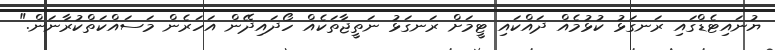
ޔުނައިޓެޑްގައި ރަނގަޅު ކުޅުމެއް ދައްކައި ޓީމަށް ރަނގަޅު ނަތީޖާތަކެއް ހޯދައިދޭން އަހަރެން މަސައްކަތްކުރާނަން."